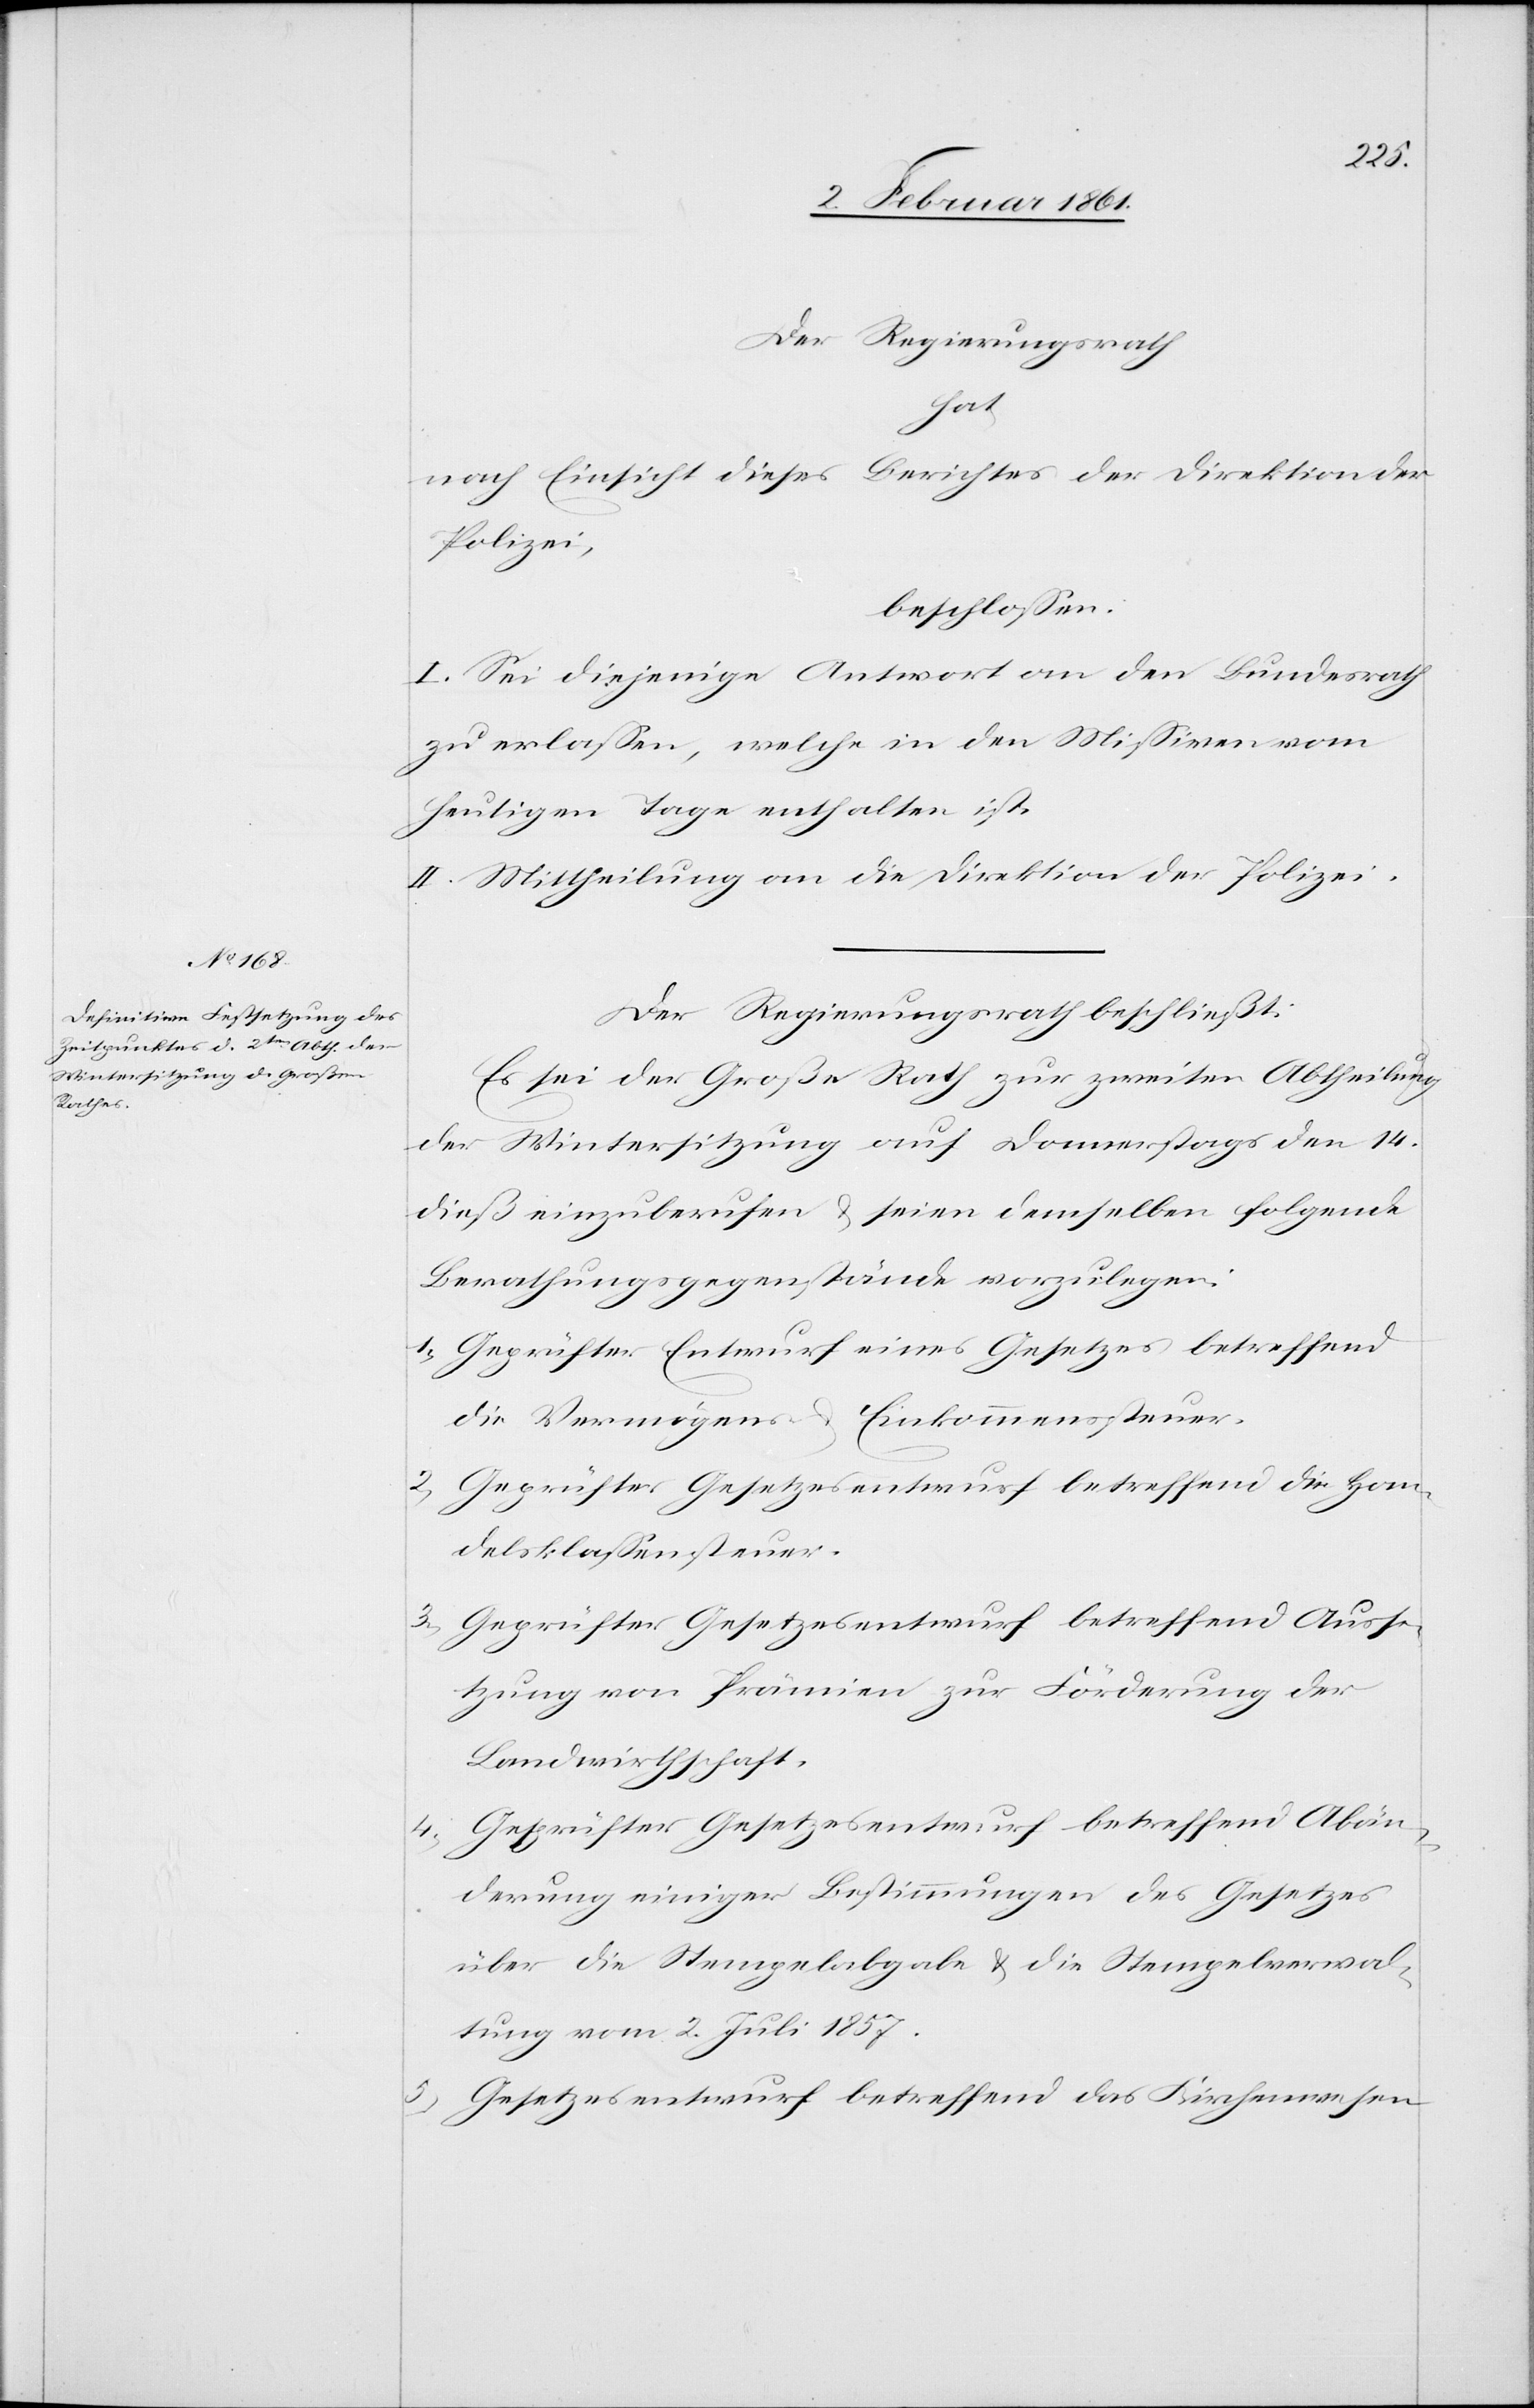
Der Regierungsrath
hat
nach Einsicht dieses Berichtes der Direktion der
Polizei,
beschlossen:
I. Sei diejenige Antwort an den Bundesrath
zu erlassen, welche in den Missiven vom
heutigen Tage enthalten ist.
II. Mittheilung an die Direktion der Polizei.
Der Regierungsrath beschließt:
Es sei der Große Rath zur Zweiten Abtheilung
der Wintersitzung auf Donnerstags den 14.
dieß einzuberufen u. seien demselben folgende
Berathungsgegenstände vorzulegen:
1) Geprüfter Entwurf eines Gesetzes betreffend
die Vermögens- u. Einkommenssteuer.
2) Geprüfter Gesetzesentwurf betreffend die Han¬
delsklassensteuer.
3) Geprüfter Gesetzesentwurf betreffend Ausse¬
tzung von Prämien zur Förderung der
Landwirthschaft.
4) Geprüfter Gesetzesentwurf betreffend Abän¬
derung einiger Bestimmungen des Gesetzes
über die Stempelabgabe u. die Stempelverwal¬
tung vom 2. Juli 1857.
Gesetzesentwurf betreffend das Kirchenwesen